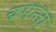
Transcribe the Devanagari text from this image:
बसन्ता